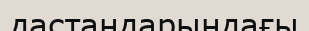
дастандарындағы